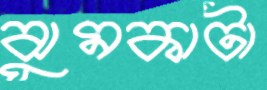
ঝুমকাটা